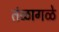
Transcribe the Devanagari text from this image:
तंळागळे